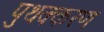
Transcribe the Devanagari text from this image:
पुथक्करण